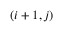
( i + 1 , j )